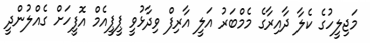
މަޖިލީހުގެ ކެލާ ދާއިރާގެ މެމްބަރު އަލީ އާރިފް ވިދާޅުވީ ޕީޕީއެމް އޮފީހަށް ގެއްލުންދީ